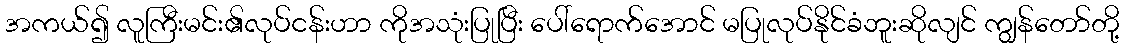
အကယ်၍ လူကြီးမင်း၏လုပ်ငန်းဟာ ကိုအသုံးပြုပြီး ပေါ်ရောက်အောင် မပြုလုပ်နိုင်ခံဘူးဆိုလျင် ကျွန်တော်တို့